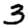
Digit: 3